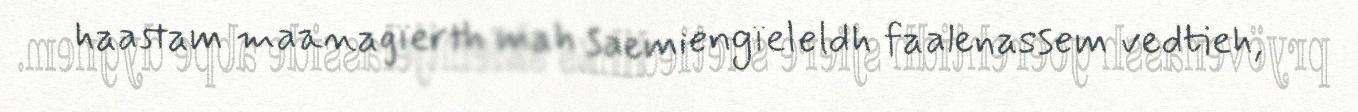
haastam maanagïerth mah saemiengïeleldh faalenassem vedtieh,